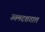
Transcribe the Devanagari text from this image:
उत्तमदशताल